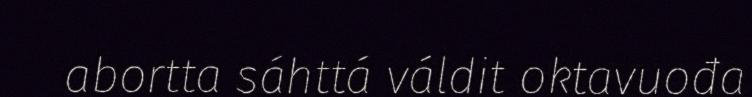
abortta sáhttá váldit oktavuođa